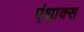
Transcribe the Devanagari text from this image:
एंथ्राक्स